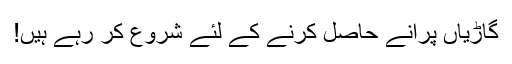
گاڑیاں پرانے حاصل کرنے کے لئے شروع کر رہے ہیں!